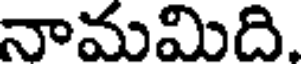
నామమిది.